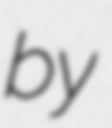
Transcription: by